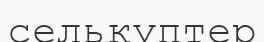
селькуптер